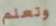
وتعلم